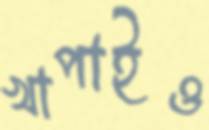
খাপাইও